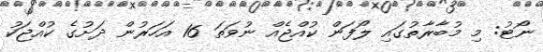
ނޯޓު: މި މުބާރާތުގައި ލޯފަން ކުއްޖެއް ނުވަތަ 16 އަހަރުން ދަށުގެ ކުއްޖަކު